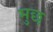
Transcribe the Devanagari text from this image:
मुछ